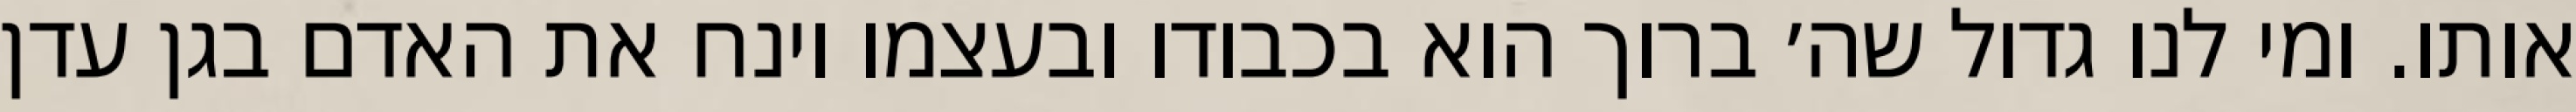
אותו. ומי לנו גדול שה׳ ברוך הוא בכבודו ובעצמו וינח את האדם בגן עדן